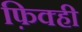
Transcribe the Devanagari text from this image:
फ़िक्ही